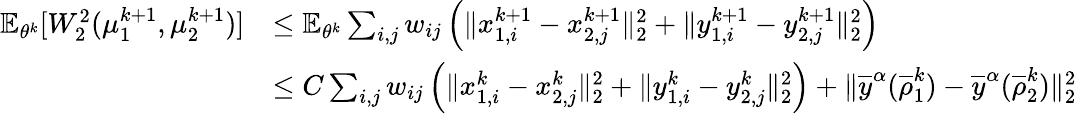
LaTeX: \begin{array}{rl}{\mathbb{E}_{\theta^{k}}[W_{2}^{2}(\mu_{1}^{k+1},\mu_{2}^{k+1})]}&{\leq\mathbb{E}_{\theta^{k}}\sum_{i,j}w_{ij}\left(\| x_{1,i}^{k+1}-x_{2,j}^{k+1}\| _{2}^{2}+\| y_{1,i}^{k+1}-y_{2,j}^{k+1}\| _{2}^{2}\right)}\\ &{\leq C\sum_{i,j}w_{ij}\left(\| x_{1,i}^{k}-x_{2,j}^{k}\| _{2}^{2}+\| y_{1,i}^{k}-y_{2,j}^{k}\| _{2}^{2}\right)+\| \overline{y}^{\alpha}(\overline{\rho}_{1}^{k})-\overline{y}^{\alpha}(\overline{\rho}_{2}^{k})\| _{2}^{2}}\end{array}